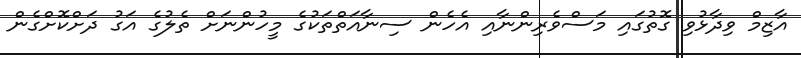
އާޒިމް ވިދާޅުވި ގޮތުގައި މަސްވެރިންނާއި އެހެން ސިނާއަތްތަކުގެ މީހުންނަށް ތެލުގެ އަގު ދަށްކޮށްގެން